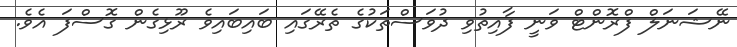
ނޭޝަނަލް ފްރޮންޓް ވަނީ ފާއިތުވި ދުވަސްތަކުގެ ތެރޭގައި ބައިބައިވެ ރޫޅިގެން ގޮސްފަ އެވެ.